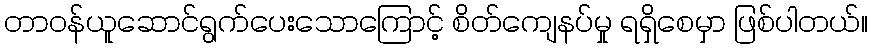
တာဝန်ယူဆောင်ရွက်ပေးသောကြောင့် စိတ်ကျေနပ်မှု ရရှိစေမှာ ဖြစ်ပါတယ်။